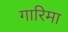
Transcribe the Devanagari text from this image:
गारिमा